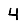
Digit: 4